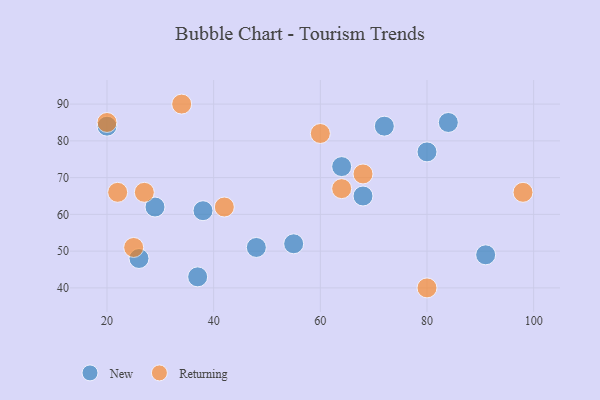
{"axis": {"x": "GDP", "y": "Life Expectancy"}, "legend": ["New", "Returning"], "data": [{"x": "80", "y": 77, "type": "New"}, {"x": "91", "y": 49, "type": "New"}, {"x": "55", "y": 52, "type": "New"}, {"x": "37", "y": 43, "type": "New"}, {"x": "72", "y": 84, "type": "New"}, {"x": "20", "y": 84, "type": "New"}, {"x": "48", "y": 51, "type": "New"}, {"x": "29", "y": 62, "type": "New"}, {"x": "26", "y": 48, "type": "New"}, {"x": "64", "y": 73, "type": "New"}, {"x": "68", "y": 65, "type": "New"}, {"x": "84", "y": 85, "type": "New"}, {"x": "38", "y": 61, "type": "New"}, {"x": "64", "y": 67, "type": "Returning"}, {"x": "60", "y": 82, "type": "Returning"}, {"x": "80", "y": 40, "type": "Returning"}, {"x": "98", "y": 66, "type": "Returning"}, {"x": "27", "y": 66, "type": "Returning"}, {"x": "68", "y": 71, "type": "Returning"}, {"x": "20", "y": 85, "type": "Returning"}, {"x": "34", "y": 90, "type": "Returning"}, {"x": "25", "y": 51, "type": "Returning"}, {"x": "22", "y": 66, "type": "Returning"}, {"x": "42", "y": 62, "type": "Returning"}]}